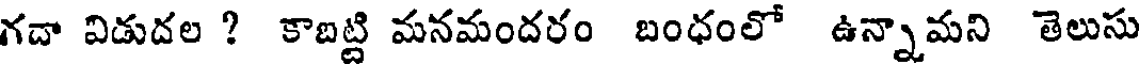
గదా విడుదల ? కాబట్టి మనమందరం బంధంలో ఉన్నామని తెలుసు